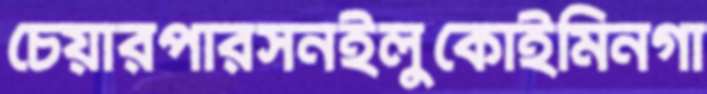
চেয়ারপারসনইলুকোইমিনগা